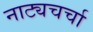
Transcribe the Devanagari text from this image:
नाट्यचर्चा